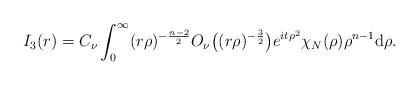
LaTeX: \begin{align*}I_3(r)=C_{\nu}\int_0^\infty(r\rho)^{-\frac{n-2}2}O_{\nu}\big((r\rho)^{-\frac32}\big)e^{it\rho^2}\chi_{N}(\rho)\rho^{n-1}\mathrm{d}\rho.\end{align*}